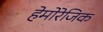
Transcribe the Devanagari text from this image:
हेमोरेजिक